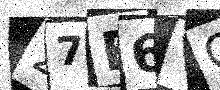
Text: 27F6VG